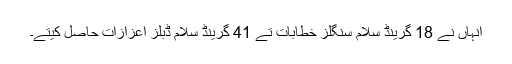
انہاں نے 18 گرینڈ سلام سنگلز خطابات تے 41 گرینڈ سلام ڈبلز اعزازات حاصل کیتے۔